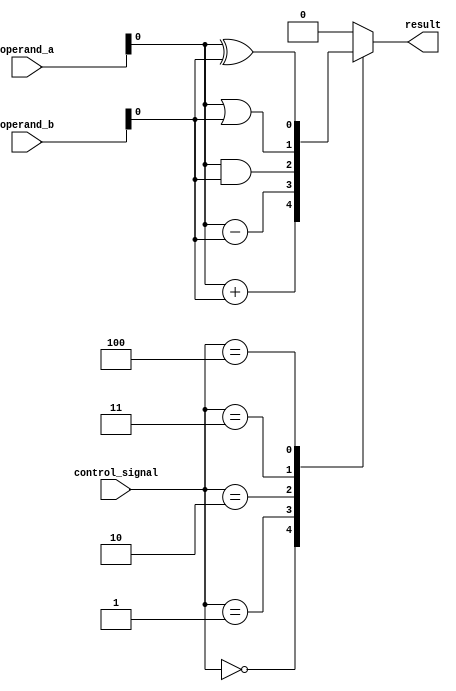
module alu_1bit(
  input [1:0] operand_a,
  input [1:0] operand_b,
  input [2:0] control_signal,
  output reg result
);

always @(*)
begin
  case(control_signal)
    3'b000: result = operand_a + operand_b; // Addition
    3'b001: result = operand_a - operand_b; // Subtraction
    3'b010: result = operand_a & operand_b; // Logical AND
    3'b011: result = operand_a | operand_b; // Logical OR
    3'b100: result = operand_a ^ operand_b; // XOR
    default: result = 1'b0; // Default operation is XOR
  endcase
end

endmodule